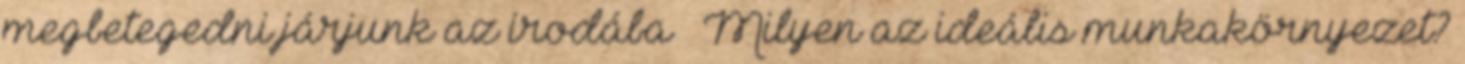
megbetegedni járjunk az irodába – Milyen az ideális munkakörnyezet?